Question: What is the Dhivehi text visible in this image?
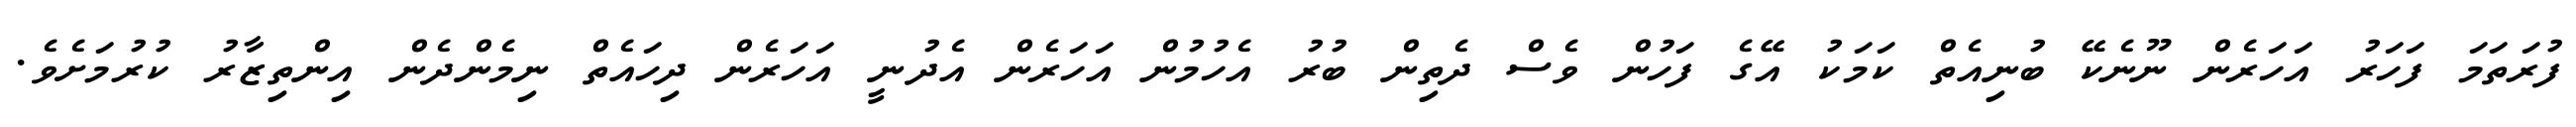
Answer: ފުރަތަމަ ފަހަރު އަހަރެން ނޫނެކޭ ބުނިއެތް ކަމަކު އޭގެ ފަހުން ވެސް ދެތިން ބުރު އެހުމުން އަހަރެން އެދުނީ އަހަރެން ދިހައެތް ނިމެންދެން އިންތިޒާރު ކުރުމަށެވެ.